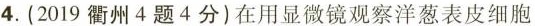
4. (2019衢州4题4分)在用显微镜观察洋葱表皮细胞